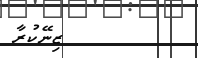
ޒިނޭކުރާ